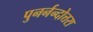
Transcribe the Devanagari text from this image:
पुनर्नन्दोत्तरा